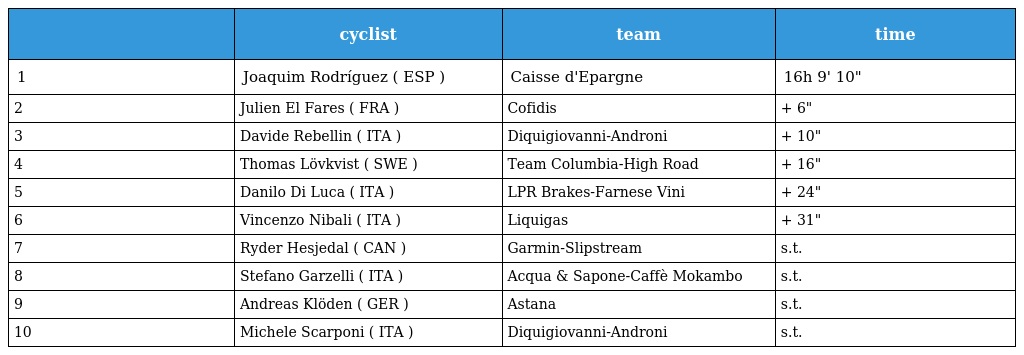
|  | cyclist | team | time |
 | --- | --- | --- | --- |
 | 1 | Joaquim Rodríguez ( ESP ) | Caisse d'Epargne | 16h 9' 10" |
 | 2 | Julien El Fares ( FRA ) | Cofidis | + 6" |
 | 3 | Davide Rebellin ( ITA ) | Diquigiovanni-Androni | + 10" |
 | 4 | Thomas Lövkvist ( SWE ) | Team Columbia-High Road | + 16" |
 | 5 | Danilo Di Luca ( ITA ) | LPR Brakes-Farnese Vini | + 24" |
 | 6 | Vincenzo Nibali ( ITA ) | Liquigas | + 31" |
 | 7 | Ryder Hesjedal ( CAN ) | Garmin-Slipstream | s.t. |
 | 8 | Stefano Garzelli ( ITA ) | Acqua & Sapone-Caffè Mokambo | s.t. |
 | 9 | Andreas Klöden ( GER ) | Astana | s.t. |
 | 10 | Michele Scarponi ( ITA ) | Diquigiovanni-Androni | s.t. |